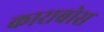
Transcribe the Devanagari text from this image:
काराबोस